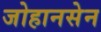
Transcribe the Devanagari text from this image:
जोहानसेन